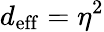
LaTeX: d_{\mathrm{eff}}=\eta^{2}